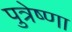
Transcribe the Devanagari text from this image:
पुत्रेष्णा